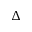
\Delta